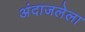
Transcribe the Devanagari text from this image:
अंदाजलेला